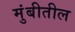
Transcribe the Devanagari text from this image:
मुंबीतील